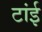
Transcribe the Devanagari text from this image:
टांई